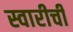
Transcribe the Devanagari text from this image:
स्वारीची